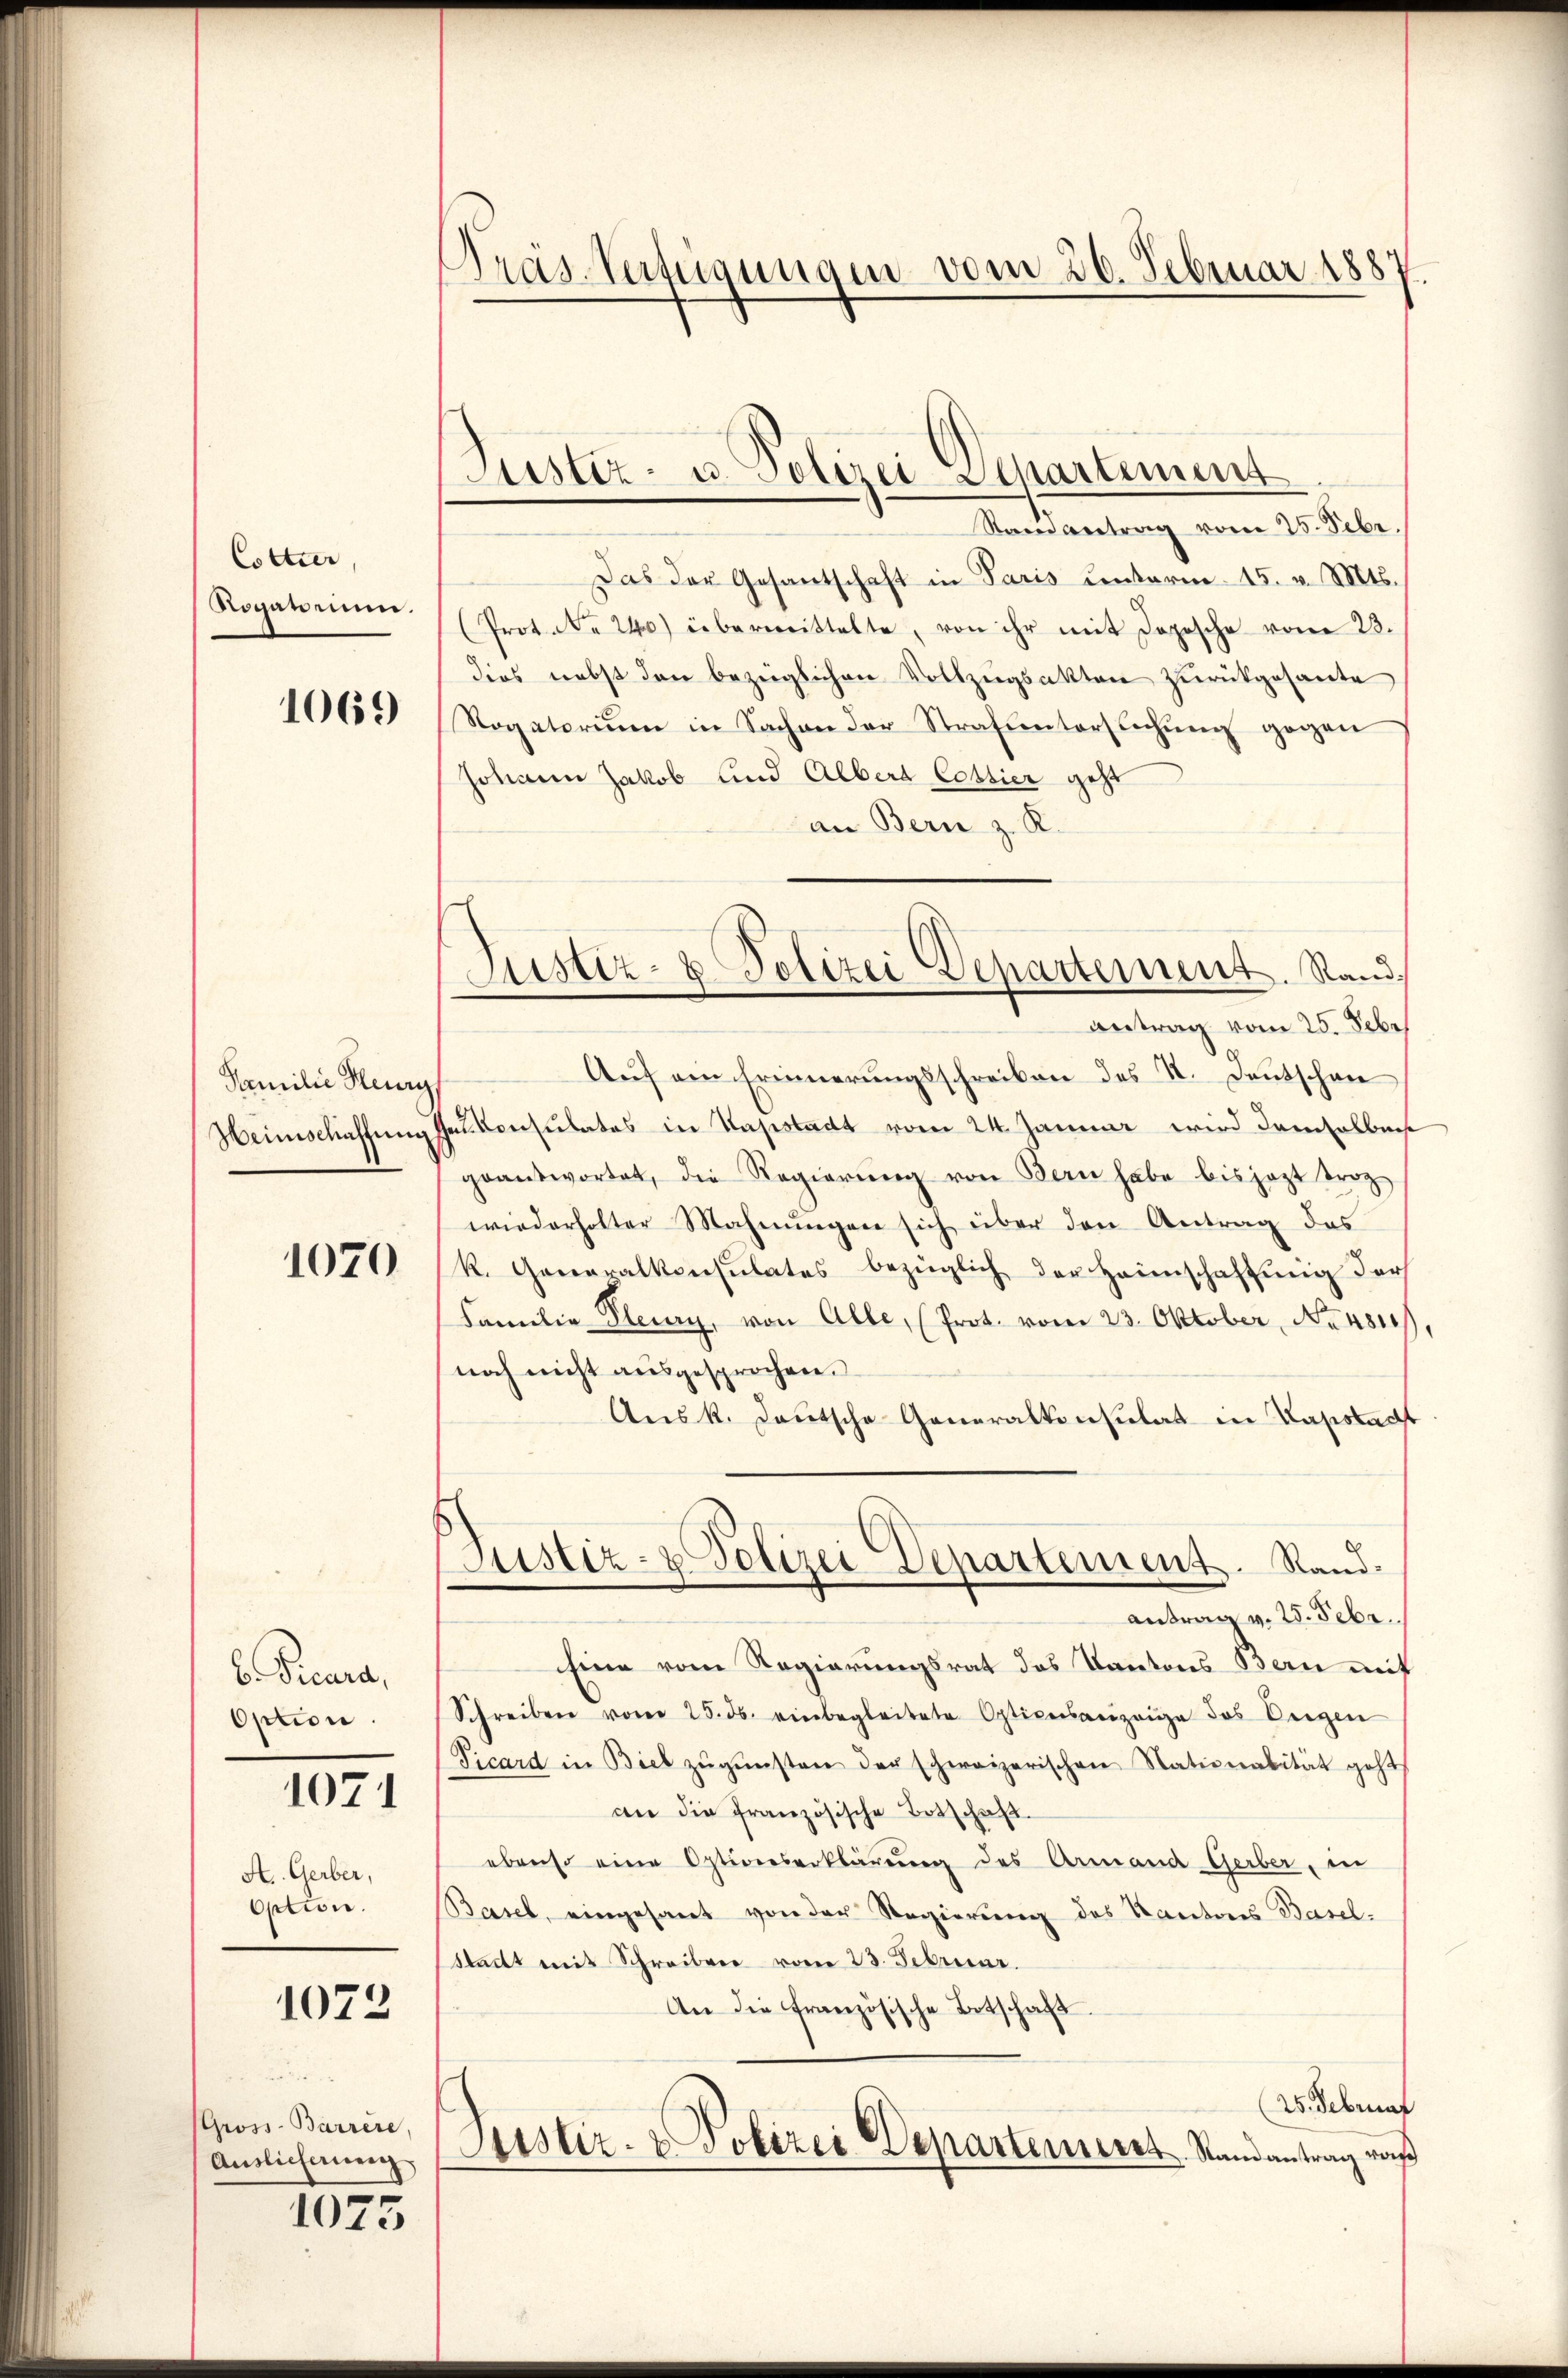
Colter,
Roganimum.
1069

Familie Hey
Heimschaffung

1070

b. Picura,
Option
A.. Gerber,
Option.

1071

1072

Gross-Barrere
Auslieferung

1075

Präs. Verfügungen vom 26. Februar 1887

ustiz- u. Polizei Departement
Samantrag vom 25. Sebr.

Justiz- & Polizei Departement. Rand.

Das der Gesantschaft in Paris unterm 15. v. Mts.
(Prot. N. 240) übermittelte, von ihr mit Dopische vom 23.
dies nebst den bezüglichen Vollzŭgsakten zurückgesante
Rogatoriŭm in Sachen der Strafuntersŭchŭng gegen
Johann Jakob und Alberg Cottier geht
an Bern z. R.
Antrag vom 25. Febr
Auf ein Erinnerungsschreiben des St. Deutschen
Falkonsulates in Hapstadt vom 24. Januar wird demselbache
geantwortet, die Regierŭng von Bern habe bis jezt trot
wiederholter Mahnungen sich über den Antrag des
k. Generalkonsulates bezüglich der Heimschaftung der
Familie Plenny, von Alle, (Prot. vom 23. Oktober, No 484
noch nicht ausgesprochen.
Aus k. Lautsche Generalkonsulat in Papstacht
Justiz- & Polizei Departement. Sandantrag v. 25. Febr.
Eine vom Regierungsrat des Kantons Bern mit
Schreiben vom 25. ds. einbegleitete Opticesanzeige des Eigen
Picard in Biel zŭgŭnsten der schweizerischen Nationalität geht
an die französische Totschaft.
ebenso eine Optionserklärung des Armand Gerber, in
Basel, eingesant von der Regierŭng des Kantons Basel-
Stadt mit Schreiben vom 23. Februar.
An die französische Botschaft.
(25. Februar
Justiz- & Polizei Departement. Randantrag waß